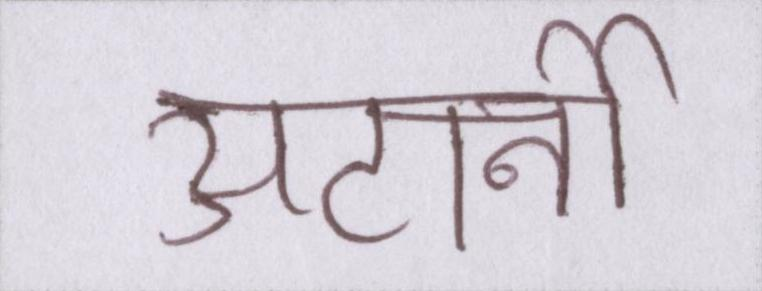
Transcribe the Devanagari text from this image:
अटार्नी